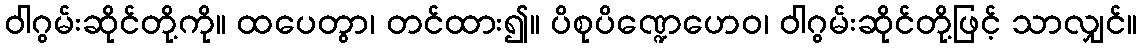
ဝါဂွမ်းဆိုင်တို့ကို။ ထပေတွာ၊ တင်ထား၍။ ပိစုပိဏ္ဍေဟေဝ၊ ဝါဂွမ်းဆိုင်တို့ဖြင့် သာလျှင်။